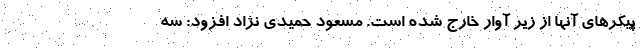
پیکرهای آنها از زیر آوار خارج شده است. مسعود حمیدی نژاد افزود: سه